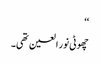
‘‘
چھوٹی نور العین تھی۔